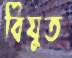
বিযুত